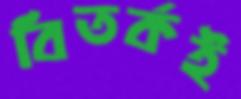
বিতর্কই